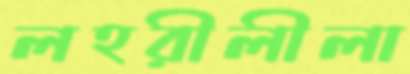
লহরীলীলা